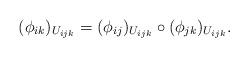
LaTeX: \begin{align*}(\phi_{ik})_{U_{ijk}} = (\phi_{ij})_{U_{ijk}} \circ (\phi_{jk})_{U_{ijk}}.\end{align*}